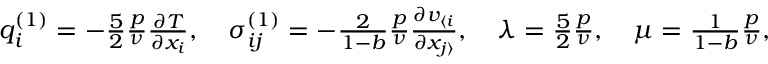
\begin{array} { r } { q _ { i } ^ { ( 1 ) } = - \frac { 5 } { 2 } \frac { p } { \nu } \frac { \partial T } { \partial x _ { i } } , \quad \sigma _ { i j } ^ { ( 1 ) } = - \frac { 2 } { 1 - b } \frac { p } { \nu } \frac { \partial v _ { \langle i } } { \partial x _ { j \rangle } } , \quad \lambda = \frac { 5 } { 2 } \frac { p } { \nu } , \quad \mu = \frac { 1 } { 1 - b } \frac { p } { \nu } , } \end{array}